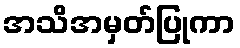
အသိအမှတ်ပြုကာ